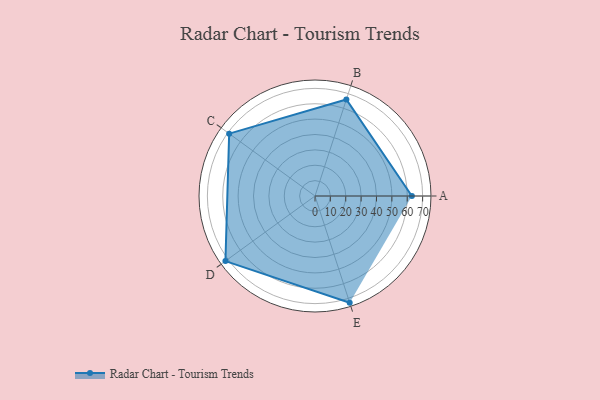
{"axis": {"x": "Skill", "y": "Score"}, "legend": ["Profile"], "data": [{"x": "A", "y": 63.0, "type": "Profile"}, {"x": "B", "y": 66.0, "type": "Profile"}, {"x": "C", "y": 69.0, "type": "Profile"}, {"x": "D", "y": 72.0, "type": "Profile"}, {"x": "E", "y": 73.0, "type": "Profile"}]}